Lunatic asylums Punjab 1895-1910 - 1895-1910
Year: 1895
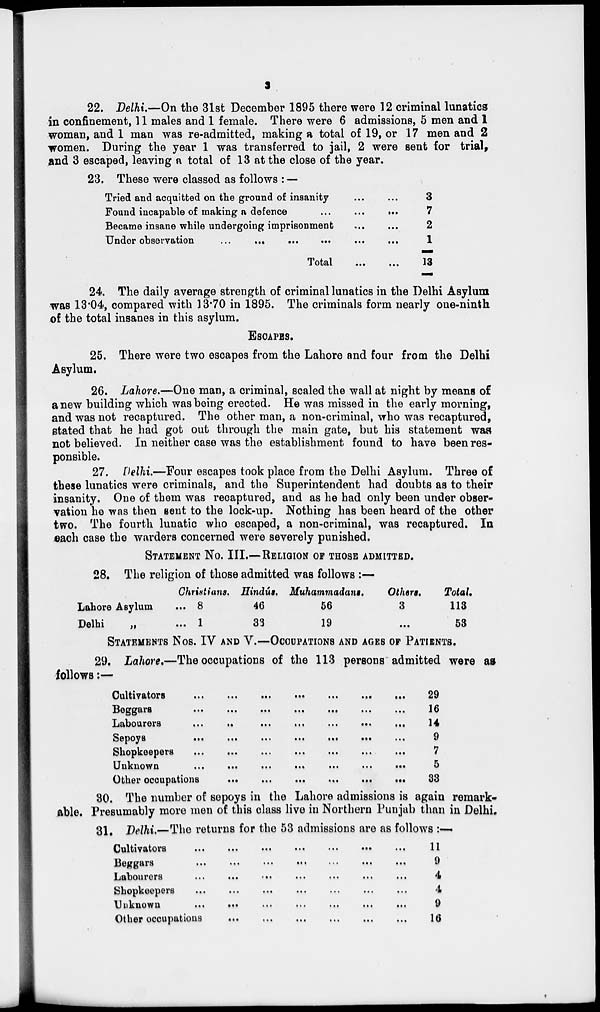
3
22. Delhi.—On the 31st December 1895 there were 12 criminal lunatics
in confinement, 11 males and 1 female. There were 6 admissions, 5 men and 1
woman, and 1 man was re-admitted, making a total of 19, or 17 men and 2
women. During the year 1 was transferred to jail, 2 were sent for trial,
and 3 escaped, leaving a total of 13 at the close of the year.
23. These were classed as follows : —
Tried and acquitted on the ground of insanity
...
...
Found incapable of making a defence
...
...
...
Became insane while undergoing imprisonment
...
...
Under observation
...
...
...
...
...
...
Total
...
...
3
7
2
1
13
24. The daily average strength of criminal lunatics in the Delhi Asylum
was 13.04, compared with 13.70 in 1895. The criminals form nearly one-ninth
of the total insanes in this asylum.
ESCAPES.
25. There were two escapes from the Lahore and four from the Delhi
Asylum.
26. Lahore.—One man, a criminal, scaled the wall at night by means of
a new building which was being erected. He was missed in the early morning,
and was not recaptured. The other man, a non-criminal, who was recaptured,
stated that he had got out through the main gate, but his statement was
not believed. In neither case was the establishment found to have been res-
ponsible.
27. Delhi.—Four escapes took place from the Delhi Asylum. Three of
these lunatics were criminals, and the Superintendent had doubts as to their
insanity. One of them was recaptured, and as he had only been under obser-
vation he was then sent to the look-up. Nothing has been heard of the other
two. The fourth lunatic who escaped, a non-criminal, was recaptured. In
each case the warders concerned were severely punished.
STATEMENT
No. III.—RELIGION OF THOSE ADMITTED.
28. The religion of those admitted was follows:—
Lahore Asylum
Delhi „
Christians.
... 8
... 1
Hindús.
46
33
Muhammadans.
56
19
Others.
3
...
Total.
113
53
STATEMENTS
Nos. IV AND V. —OCCUPATI ONS AND AGES OF PATIENTS.
29. Lahore.—The occupations of the 113 persons admitted were as
follows:—
Cultivators
...
...
...
...
...
...
...
Beggars
...
...
...
...
...
...
...
Labourers
...
..
...
...
...
...
...
Sepoys
...
...
...
...
...
...
...
Shopkeepers
...
...
...
...
...
...
...
Unknown
...
...
...
...
...
...
...
Other occupations
...
...
...
...
...
...
29
16
14
9
7
5
33
30. The number of sepoys in the Lahore admissions is again remark-
able. Presumably more men of this class live in Northern Punjab than in Delhi.
31. Delhi.—The returns for the 53 admissions are as follows:—
Cultivators
...
...
...
...
...
...
...
Beggars
...
...
...
...
...
...
...
Labourers ... ... ... ... ... ... ...
Shopkeepers ... ... ... ... ... ... ...
Unknown
...
...
...
...
...
...
...
Other occupations
...
...
...
...
...
...
11
9
4
4
9
16